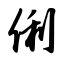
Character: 俐